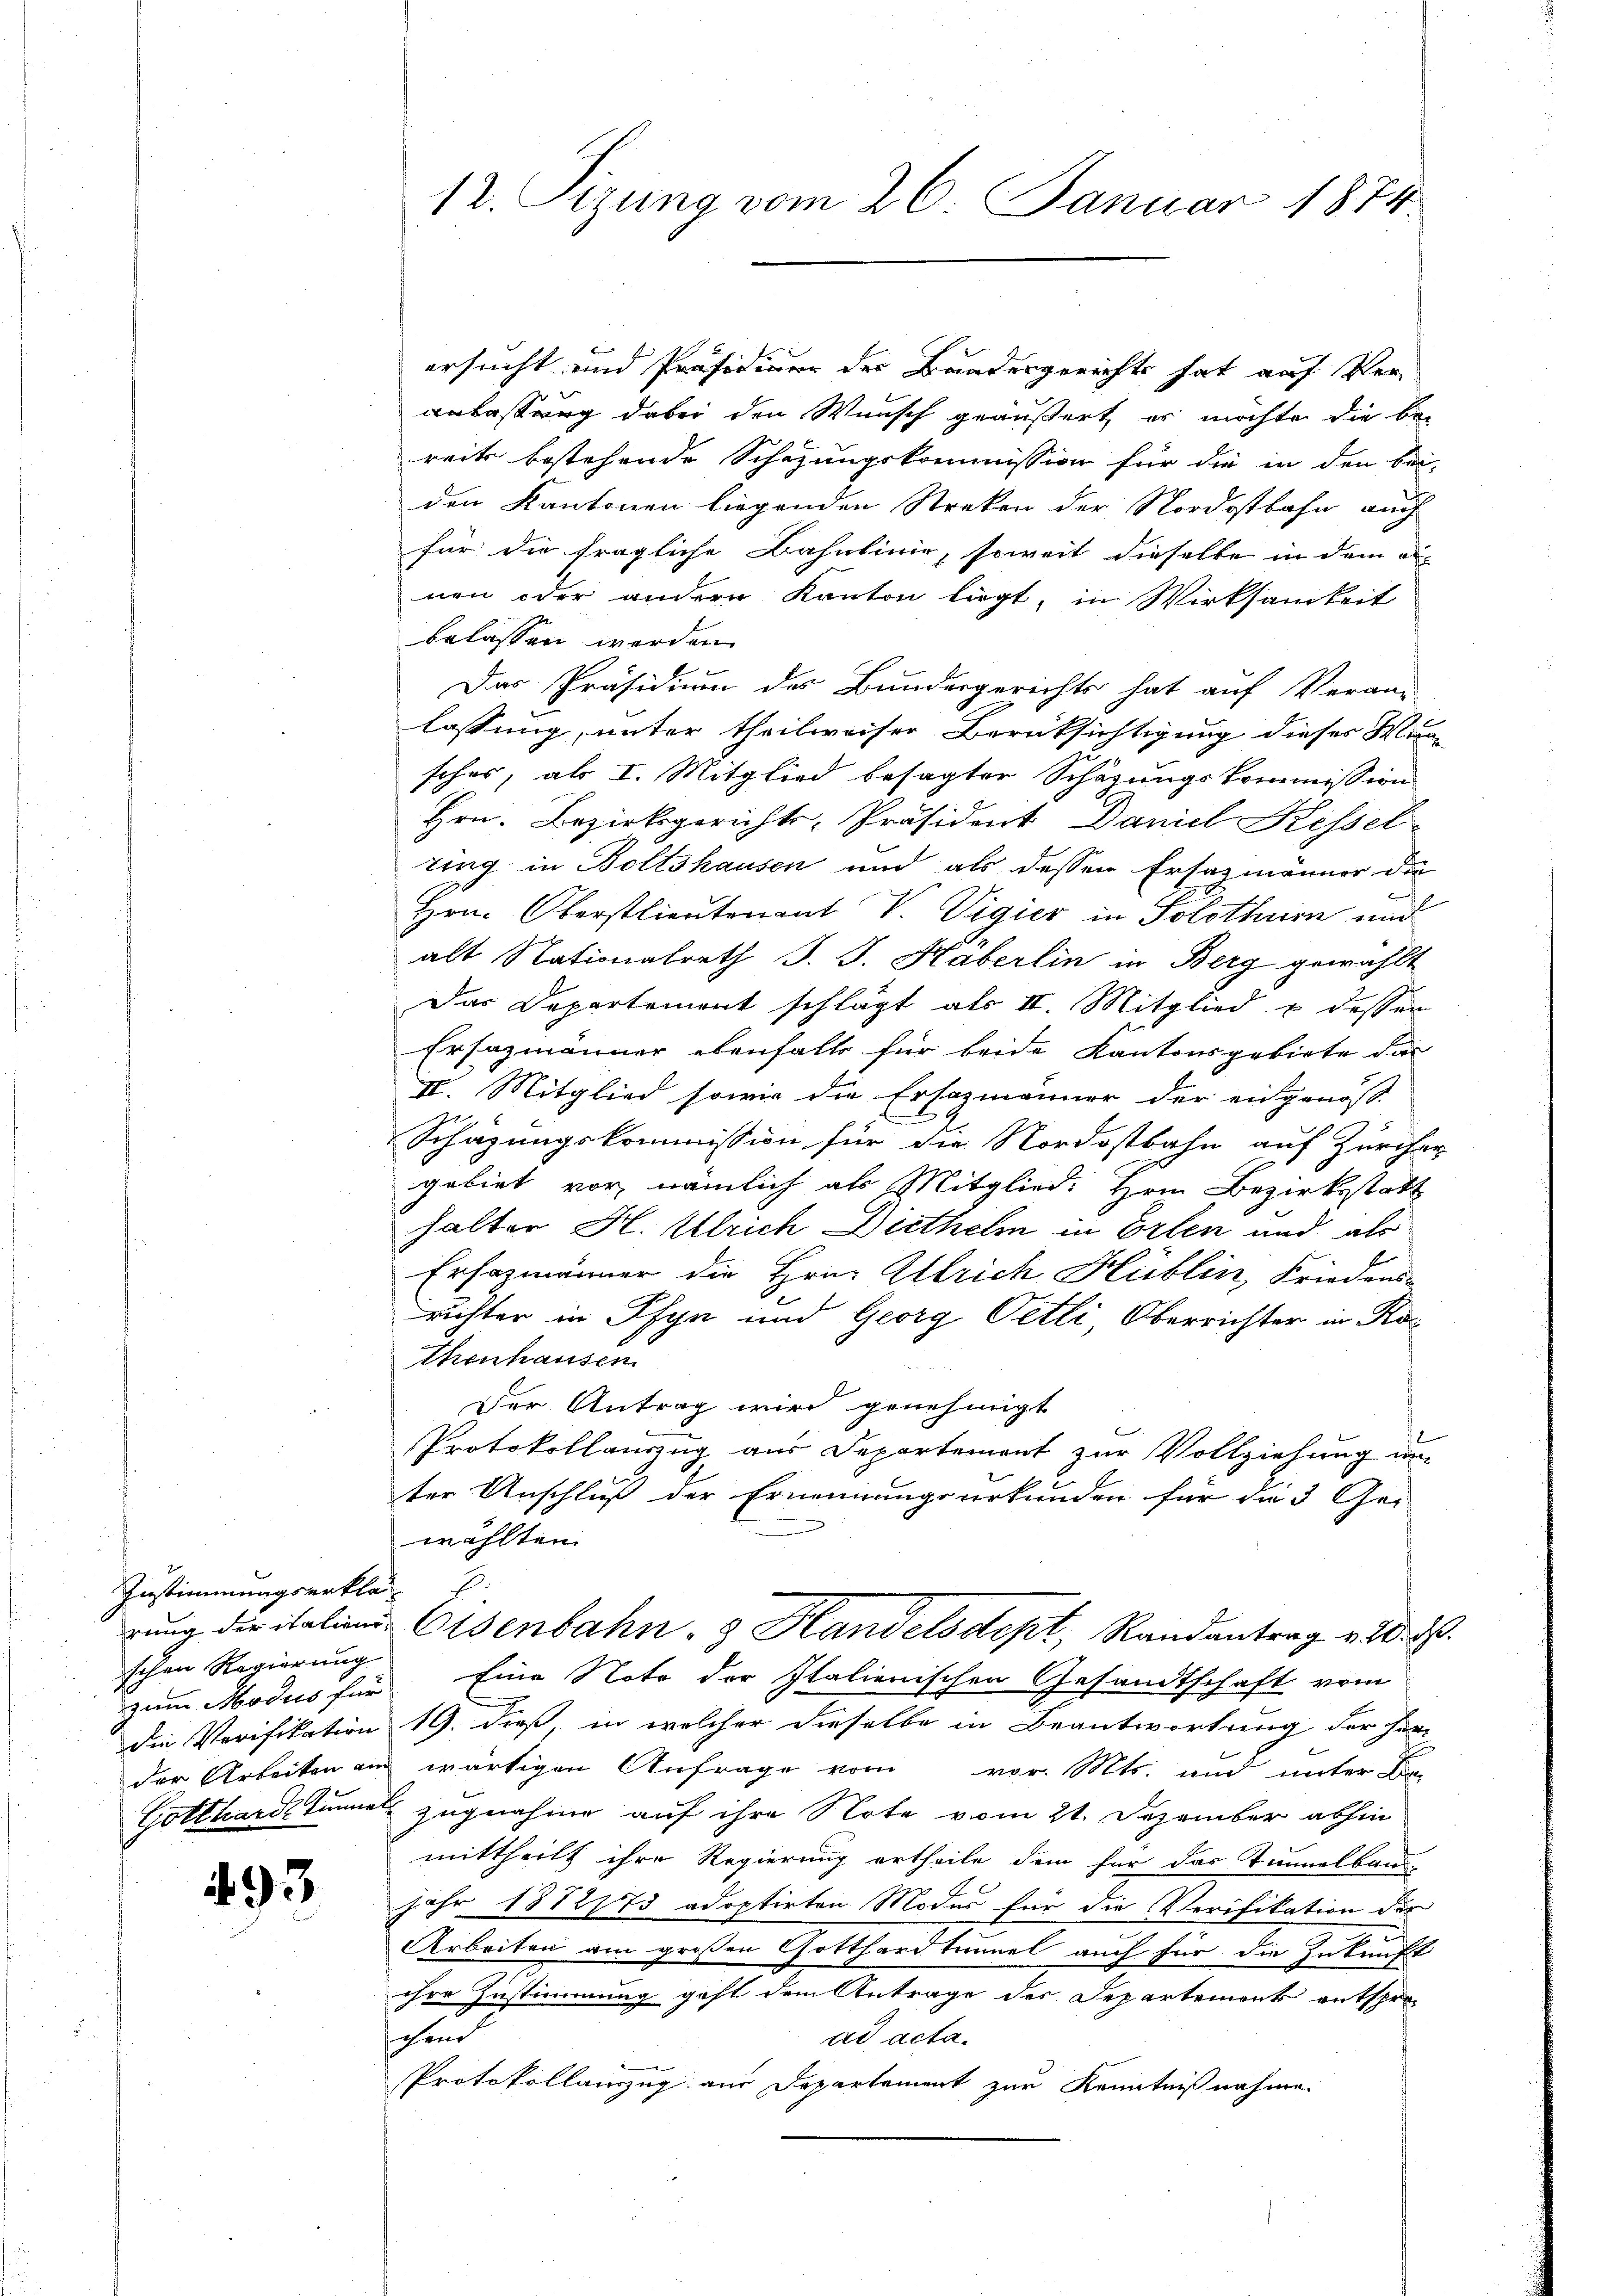
Zustimmungserklä-
rung der italienschen Regierung.
zum Modus für
Die Verifikation
der Arbeiten am
Gotthardt Tunnel

493

12. Tizung vom 26. Januar 1874

ersucht und Präsidieren der Baadergerechts hat auf Veranlassung dabei den Wunsch geäußert, er möchte die be-
reits bestehende Schazungskommission für die in den bei-
den Kantonen liegenden Streken der Nordostbahn auch
für die fragliche Bahnlinie, soweit dieselbe in dem a
nen oder andern Kanton lägt, in Wirksamkeit
belassen werden.

Das Präsidium des Bundesgerichts hat auf Veran-
lassung, unter theilweiser Berüksichtigung dieses Wer-
sohes, als I. Mitglied besagter Schazungskommission
Hrn. Bezirksgerichts-Präsident Damel Kessel
ting in Boltshausen und als dessen Ersatzmänner die
Hrn. Oberstlieutenant V. Vigier in Solothurn und
alt Nationalrath J. J. Haberlin in Berg gewählt
Das Departement schlägt als II. Mitglied u. desser
Ersazmänner ebenfalls für beide Kantonsgebiete das
II. Mitglied sowie die Ersazmänner der engenoss
Schazungskommission für die Nordostbahn auf Zürcher
gebiet vor, nämlich als Mitglied. Hrn. Bezirksstatt
halter H. Ulrich Diethelm in Erlen und als
Ersazmänner die Hrn. Ulrich Hüblin, Friedens-
richter in Pfyn und Georg Oetli Oberrichter in Ro
Thenhausen.
Der Antrag wird genehmigt
Protokollauszug aus Departement zur Vollziehung im
ter Anschluß der Ernennungsurkunden für die 3 Ge-
wählten.
Eisenbahn- & Handelsdept, Randantrag v. 20. d.
Eine Noto der Italienischen Gesandtschaft vom
19. dieß in welcher dieselbe in Beantwortung der her-
wärtigen Anfrage vom vor. Mts. und unter B
zugnahme auf ihre Note vom 21. Dezember abhin
mittheilt ihre Regierung ertheile dem für das Timelbau-
Jahr 1872/73 adoptirten Modus für die Verifikation der
Arbeiten am großen Gotthardtunnel auch für die Zukunft
ihre Zustimmung geht dem Antrage des Departements entspread acta.
schend
Protokollauszug am Departement zur Kenntnißnahme.